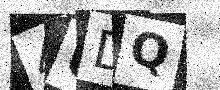
Text: 4UDQ